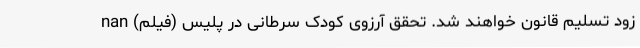
زود تسلیم قانون خواهند شد. تحقق آرزوی کودک سرطانی در پلیس (فیلم) nan